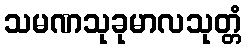
သမဏသုခုမာလသုတ္တံ